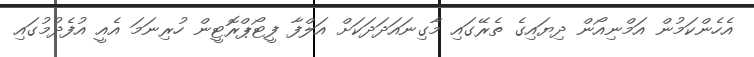
އެހެންކަމުން އަމްނިއޯން ދިޔައިގެ ތެރޭގައި މާގިނައަދަދަކަށް އަލްފާ ފީޓޯޕްރޮޓީން ހުރިނަމަ އެއީ އުފެދުމުގައި